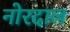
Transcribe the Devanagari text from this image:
नोरदाल